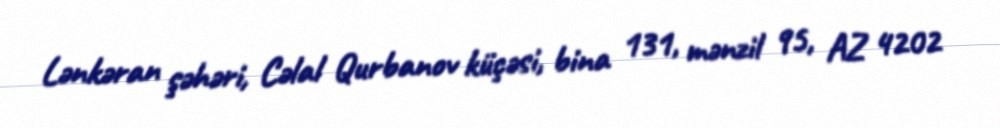
Lənkəran şəhəri, Cəlal Qurbanov küçəsi, bina 131, mənzil 95, AZ 4202